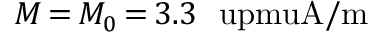
M \, { = } \, M _ { 0 } \, { = } \, 3 . 3 ~ \mathrm { \ u p m u A / m }